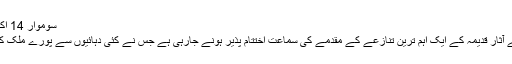
سوموار 14 اکتوبر 2019 12:45
بھارت میں رواں ہفتے آثارِ قدیمہ کے ایک اہم ترین تنازعے کے مقدمے کی سماعت اختتام پذیر ہونے جارہی ہے جس نے کئی دہائیوں سے پورے ملک کو تقسیم کر رکھا ہے۔